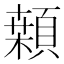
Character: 䫙